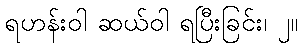
ရဟန်းဝါ ဆယ်ဝါ ရပြီးခြင်း၊ ၂။